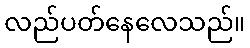
လည်ပတ်နေလေသည်။